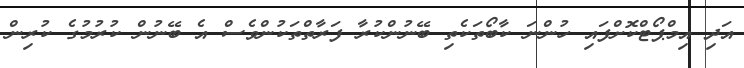
އަދި އިމްޕޯޓްކޮށްފައި ހުންނަ ކާބޯތަކެތި ބޭނުންކުރާ ފަރާތްތަކުންވެސް އެ ބޭނުން ކުރުމުގެ ކުރިން